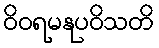
ဝိဝရမနုပဝိသတိ